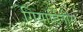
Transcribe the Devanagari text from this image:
गियार्डिनीरा